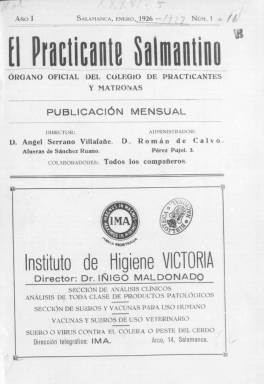
Título: El Practicante salmantino
Colección: Medicina
Ámbito geográfico: Salamanca
Lugar de publicación: Salamanca
Fechas: 01/01/1926-30/04/1927

Revista profesional del Colegio de Practicantes y Matronas de la provincia de Salamanca, comenzó a editarse en enero de 1926 y se publicaba el día 15 de cada mes. La Biblioteca Nacional de España posee los números correspondientes a ese año hasta agosto inclusive y de enero a abril de 1927, salvo el número de marzo. No parece que se siguiera editando después de esa fecha.

   En el momento de iniciar su andadura la colegiación para estos sanitarios no era obligatoria, por lo que en el primer número aparece una relación de colegiados, un total de 52, seguida de una nota de la dirección en la que especifica: ‘Al publicar la lista de los señores colegiados, lamentamos que en ella no figuren todos los compañeros de la provincia. ¿Qué nombre merecen los no colegiados?… ¿Qué apoyo debemos prestarles si lo necesitan?...

 La publicación, en la que colaboraban todos los colegiados que quisieran hacerlo, contaba con un número de páginas que variaba en cada número pero que en ninguno de ellos llegaba a las 20 páginas. Su contenido se centraba en la defensa de estos auxiliares de los médicos, con noticias, normas y disposiciones oficiales que les incumbían directamente. En la portada de cada número figuraba un sumario muy útil para la investigación de las preocupaciones y problemas que afectaban en la época a estos profesionales.

  Los practicantes, que varias generaciones de españoles identificaban con los profesionales encargados de poner las inyecciones que prescribían los médicos, eran responsables de otras funciones como operaciones de cirugía menor, curas y administración de medicinas. Estas labores junto con las de las comadronas y enfermeras, acabaron fundiéndose en la titulación de Ayudante Técnico Sanitario a partir de la década de 1950.

  La revista de los practicantes de la provincia de Salamanca incluía un buen número de anuncios de productos sanitarios y de higiene, así como otro tipo de publicidad ajena a estas materias. La dirección animaba a los colegiados a promocionar los productos de estas empresas en reciprocidad por la financiación que obtenía la revista con los anuncios.

[Descripción publicada el 1/12/2022]